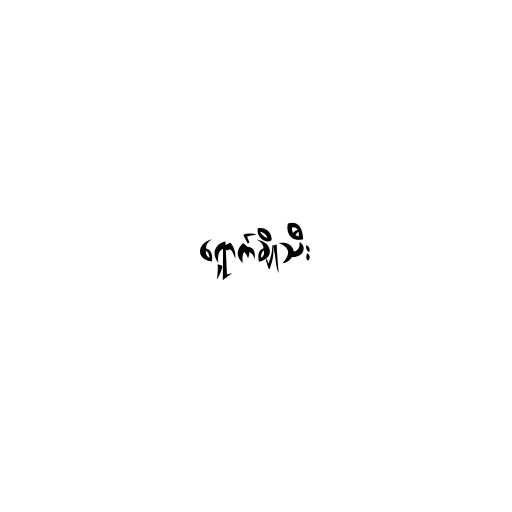
ရှောက်ချိုသီး